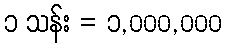
၁ သန်း = ၁,၀၀၀,၀၀၀